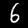
Digit: 6